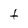
Character: t